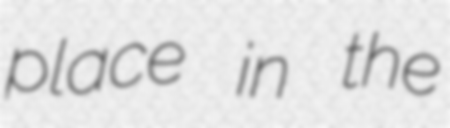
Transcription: place in the